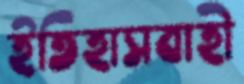
ইতিহাসবাহী